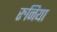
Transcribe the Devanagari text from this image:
रुनिया